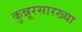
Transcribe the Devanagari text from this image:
कुन्नूरसारख्या